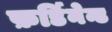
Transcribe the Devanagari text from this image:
फ़र्डिनेन्ड